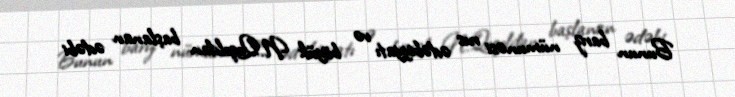
Bunun bariz nümunəsi rus ədəbiyyatı və böyük N.Qoqoldan başlanan ədəbi